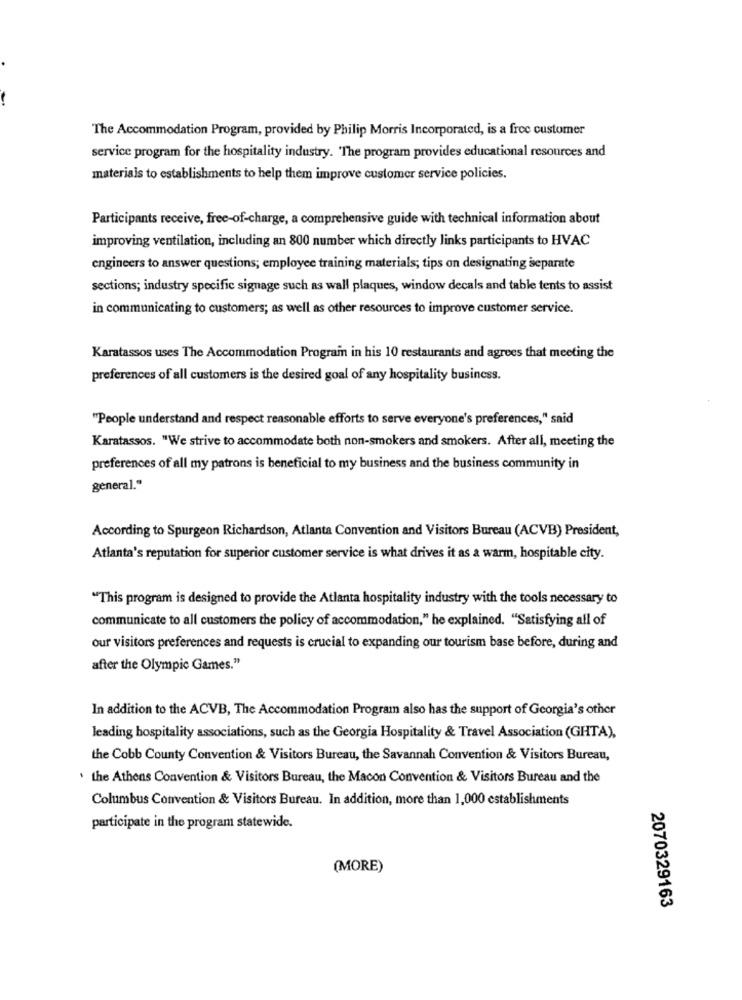
The Accommodation Program, provided by Philip Morris Incorporated, is a free customer
service program for the hospitality industry. "The program provides educational resources and
materiais to establishments to help them improve customer service policies.
Participants receive, free-of-charge, a comprehensive guide with technical information about
improving ventilation, including an 800 number which directly links participants to HVAC
engineers to answer questions; employee training materials; tips on designating separate
sections; industry specific signage such as wall plaques, window decals and table tents to assist
in communicating to customers; as well as other resources to improve customer service.
Karatassos uses The Accommodation Prograin in his 10 restaurants and agrees that meeting the
preferences of all customers is the desired goal of any hospitality business.
"People understand and respect reasonable efforts to serve everyone's preferences," said
Karatassos. "We strive to accommodate both non-smokers and smokers. After all, meeting the
preferences of all my patrons is beneficial to my business and the business community in
general."
According to Spurgeon Richardson, Atlanta Convention and Visitors Bureau (ACVB) President,
Atlanta's reputation for superior customer service is what drives it as a warm, hospitable city.
"This program is designed to provide the Atlanta hospitality industry with the tools necessary to
communicate to all customers the policy of accommodation," he explained. "Satisfying all of
our visitors preferences and requests is crucial to expanding our tourism base before, during and
after the Olympic Games."
In addition to the ACVB, The Accommodation Program also has the support of Georgia's other
leading hospitality associations, such as the Georgia Hospitality & Travel Association (GHTA),
the Cobb County Convention & Visitors Bureau, the Savannah Convention & Visitors Bureau,
the Athens Convention & Visitors Bureau, the Macon Convention & Visitors Bureau and the
Columbus Convention & Visitors Bureau. In addition, more than 1,000 establishments
participate in the program statewide.
(MORE)
2070329163